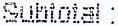
SUBTOTAL :